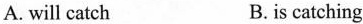
A. will catch B. is catching